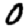
Digit: 0